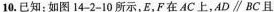
10.已知：如图14-2-10所示，E，F在AC上，AD∥BC且